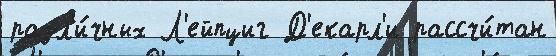
разл'и́чных Л'ейпциг Д'екарл'и рассчи́тан